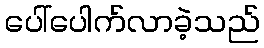
ပေါ်ပေါက်လာခဲ့သည်